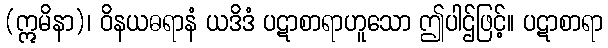
(ဣမိနာ)၊ ဝိနယဓရာနံ ယဒိဒံ ပဋာစာရာဟူသော ဤပါဌ်ဖြင့်။ ပဋာစာရာ